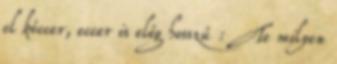
el kéccer, eccer is elég hosszú : Te milyen